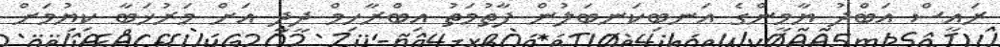
ރައީސް އަބްދު ޔާމީންގެ އަނބިކަނބަލުން ފާތުމަތު އިބްރާހިމް ދީދީ އަށް މަރުޚަބާ ކިޔުމަށް